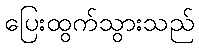
ပြေးထွက်သွားသည်